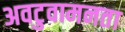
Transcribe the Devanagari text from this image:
अवटुवामनता